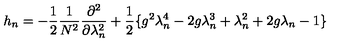
h _ { n } = - \frac { 1 } { 2 } \frac { 1 } { N ^ { 2 } } \frac { \partial ^ { 2 } } { \partial \lambda _ { n } ^ { 2 } } + \frac { 1 } { 2 } \{ g ^ { 2 } \lambda _ { n } ^ { 4 } - 2 g \lambda _ { n } ^ { 3 } + \lambda _ { n } ^ { 2 } + 2 g \lambda _ { n } - 1 \}